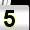
Digit: 5